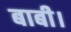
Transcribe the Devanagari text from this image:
बाबी।